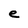
Character: e